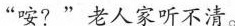
“咹？”老人家听不清。